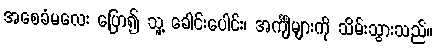
အစေခံမလေး ပြော၍ သူ့ ခေါင်းပေါင်း၊ အင်္ကျီများကို သိမ်းသွားသည်။